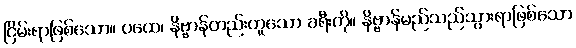
ငြိမ်းရာဖြစ်သော။ ပထေ၊ နိဗ္ဗာန်တည်းဟူသော ခရီးကို။ နိဗ္ဗာန်မည်သည်သွားရာဖြစ်သော